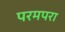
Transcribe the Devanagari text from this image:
परमपरा